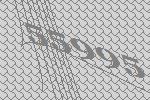
55995